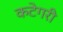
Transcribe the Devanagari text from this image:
कटेगरी